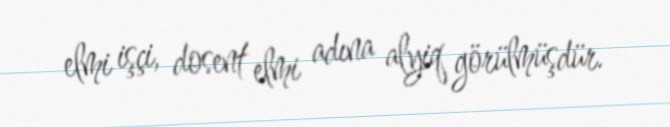
elmi işçi, dosent elmi adına alyiq görülmüşdür.